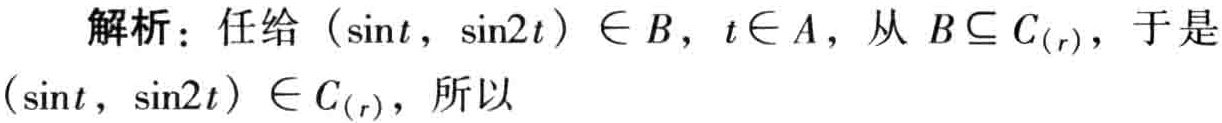
解析：任给\((\sin t,\sin2t)\in B\)，\(t\in A\)，从\(B\subseteq C_{(r)}\)，于是\((\sin t,\sin2t)\in C_{(r)}\)，所以